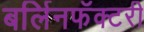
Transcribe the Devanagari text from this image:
बर्लिनफॅक्टरी